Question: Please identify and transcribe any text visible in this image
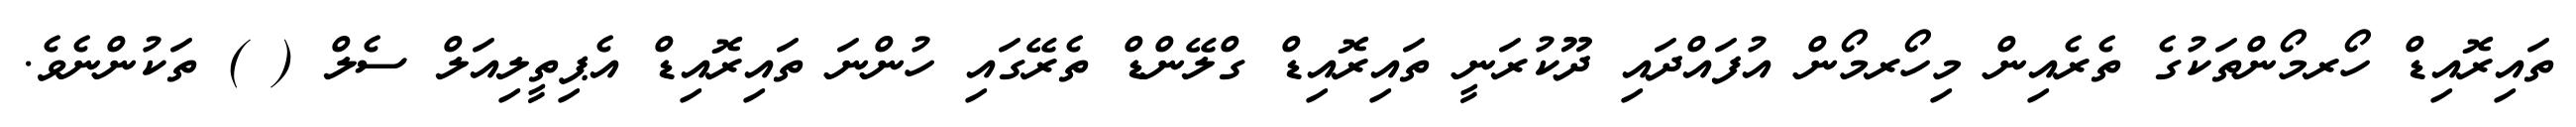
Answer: ތައިރޮއިޑް ހޯރމޯންތަކުގެ ތެރެއިން މިހޯރމޯން އުފައްދައި ދޫކުރަނީ ތައިރޮއިޑް ގްލޭންޑް ތެރޭގައި ހުންނަ ތައިރޮއިޑް އެޕިތީލިއަލް ސެލް ( ) ތަކުންނެވެ.